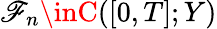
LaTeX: \mathscr{F}_{n}\inC([0,T];Y)